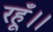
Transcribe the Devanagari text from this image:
रहूँ।।